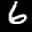
Label: 6